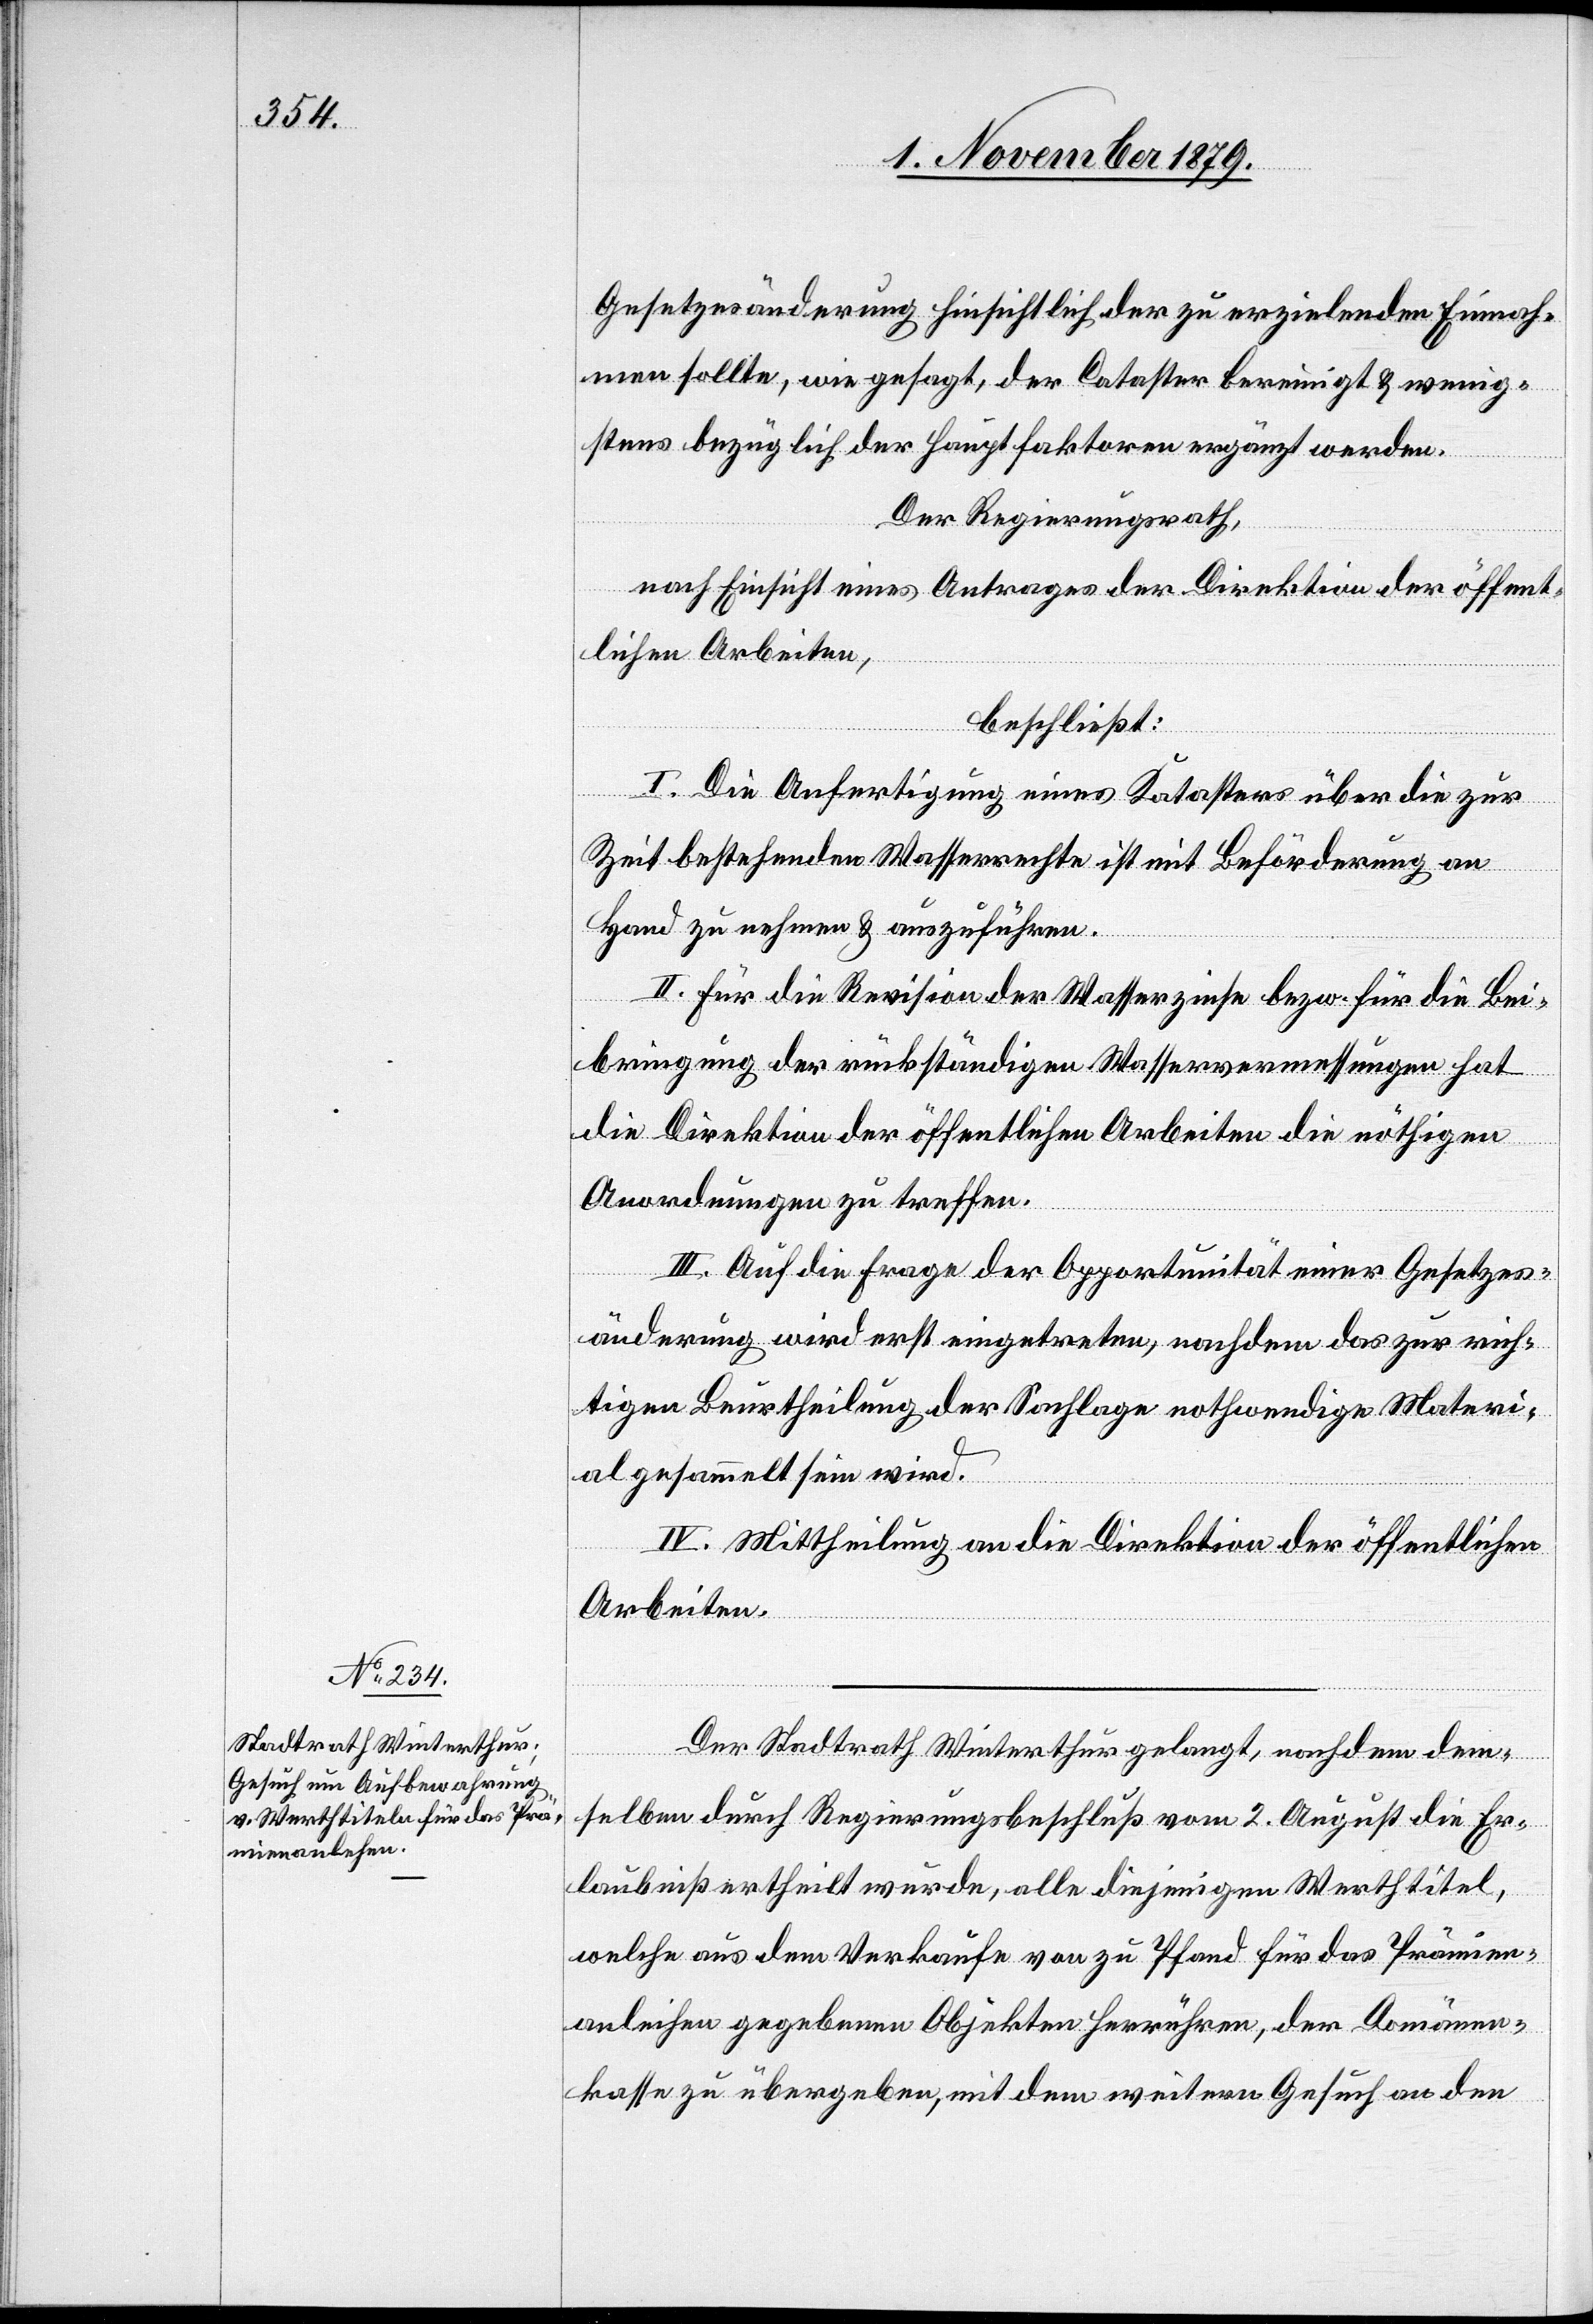
Gesetzesänderung hinsichtlich der zu erzielenden Einnah¬
men sollte, wie gesagt, der Cataster bereinigt & wenig¬
stens bezüglich der Hauptfaktoren ergänzt werden.
Der Regierungsrath,
nach Einsicht eines Antrages der Direktion der öffent¬
lichen Arbeiten,
beschließt:
I. Die Anfertigung eines Katasters über die zur
Zeit bestehenden Wasserrechte ist mit Beförderung an
Hand zu nehmen & auszuführen.
II. Für die Revision der Wasserzinse bezw. für die Bei¬
bringung der rückständigen Wasservermessungen hat
die Direktion der öffentlichen Arbeiten die nöthigen
Anordnungen zu treffen.
III. Mittheilung an die Direktion der öffentlichen
Arbeiten.
Der Stadtrath Winterthur gelangt, nachdem dem¬
selben durch Regierungsbeschluß vom 2. August die Er¬
laubniß ertheilt wurde, alle diejenigen Werthtitel,
welche aus dem Verkaufe von zu Pfand für das Prämien¬
anleihen gegebenen Objekten herrühren, der Domänen¬
kasse zu übergeben, mit dem weitern Gesuch an den